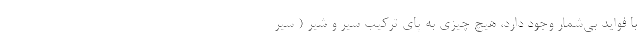
با فواید بی‌شمار وجود دارد، هیچ چیزی به پای ترکیب سیر و شیر ( سیر